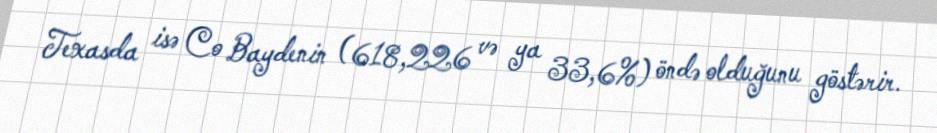
Texasda isə Co Baydenin (618,226 və ya 33,6%) öndə olduğunu göstərir.